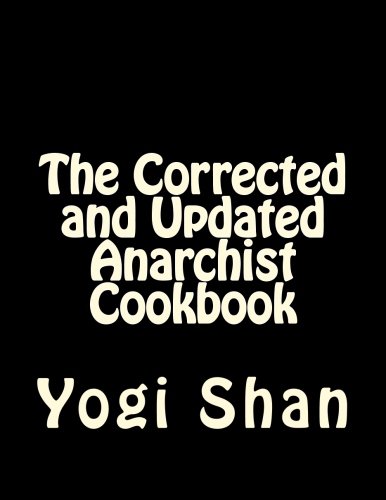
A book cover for The Corrected and Updated Anarchist Cookbook; Yogi Shan; Engineering & Transportation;